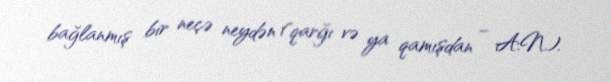
bağlanmış bir neçə neydən (qarğı və ya qamışdan – A.N.).